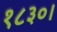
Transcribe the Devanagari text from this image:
१८३०।